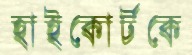
হাইকোর্টকে